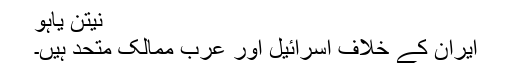
نیتن یاہو
ایران کے خلاف اسرائیل اور عرب ممالک متحد ہیں۔